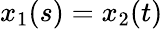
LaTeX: x_{1}(s)=x_{2}(t)